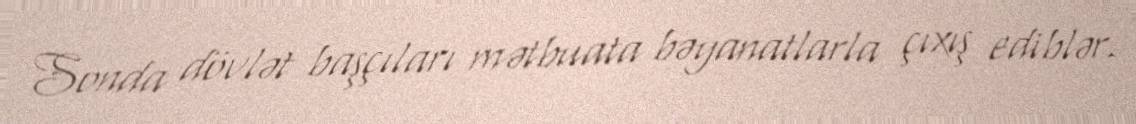
Sonda dövlət başçıları mətbuata bəyanatlarla çıxış ediblər.